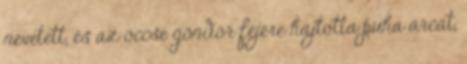
nevetett, és az öccse göndör fejére hajtotta puha arcát,